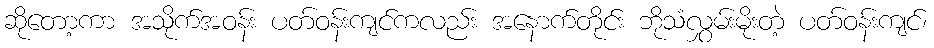
ဆိုတော့ကာ အသိုက်အဝန်း ပတ်ဝန်းကျင်ကလည်း အနောက်တိုင်း ဘိုသံလွှမ်းမိုးတဲ့ ပတ်ဝန်းကျင်၊